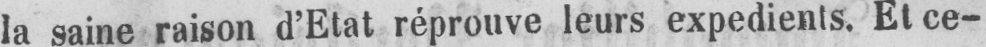
la saine raison d’Etat réprouve leurs expedients. Et ce-